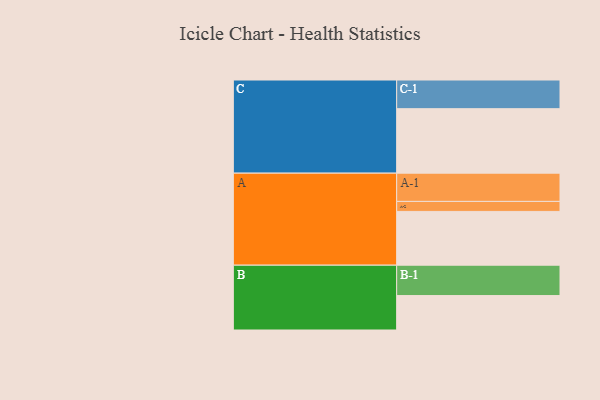
{"axis": {"x": "Segment", "y": "Value"}, "legend": ["", "A", "B", "C"], "data": [{"x": "A", "y": 478, "type": ""}, {"x": "B", "y": 306, "type": ""}, {"x": "C", "y": 573, "type": ""}, {"x": "A-1", "y": 251, "type": "A"}, {"x": "A-2", "y": 89, "type": "A"}, {"x": "B-1", "y": 270, "type": "B"}, {"x": "C-1", "y": 255, "type": "C"}]}